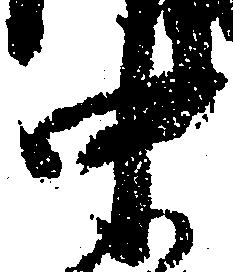
中